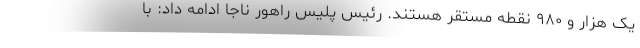
یک هزار و ۹۸۰ نقطه مستقر هستند. رئیس پلیس راهور ناجا ادامه داد: با